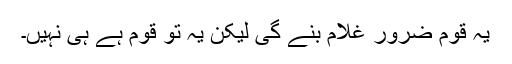
یہ قوم ضرور غلام بنے گی لیکن یہ تو قوم ہے ہی نہیں۔